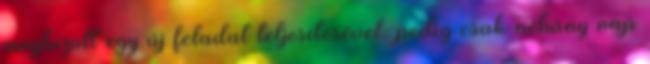
megbízott egy új feladat teljesítésével, pedig csak néhány nap